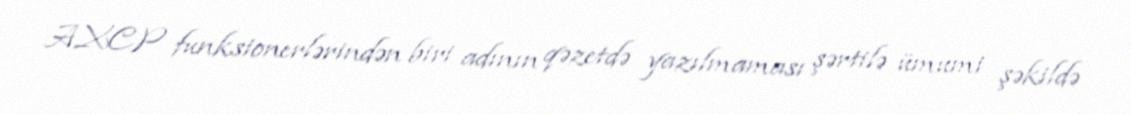
AXCP funksionerlərindən biri adının qəzetdə yazılmaması şərtilə ümumi şəkildə